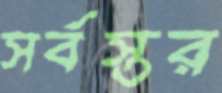
সর্বস্তর